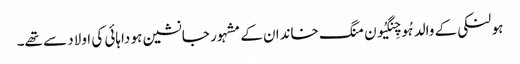
ہو لنکی کے والد ہُو چِنگیُون منگ خاندان کے مشہور جانشین ہو داہائی کی اولاد سے تھے۔